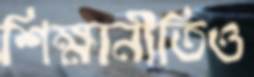
শিক্ষানীতিও